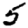
Digit: 5